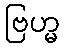
ဗြဟ္မ